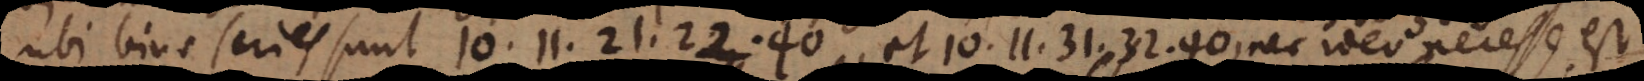
40 31.32 ubi binae series sunt 10.11.21.22.40, et 10.11.31.32.40, nec ideo necesse est 31 vel